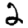
Digit: 2